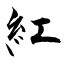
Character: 紅